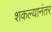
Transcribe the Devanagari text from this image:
शकल्यानंतर